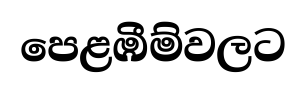
පෙළඹීම්වලට